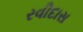
રવીદાસ